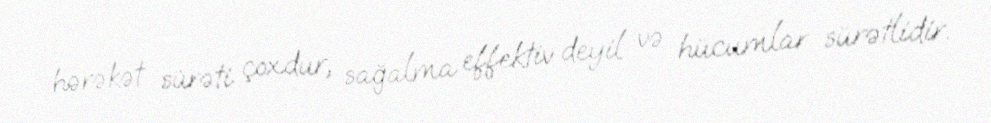
hərəkət sürəti çoxdur, sağalma effektiv deyil və hücumlar sürətlidir.